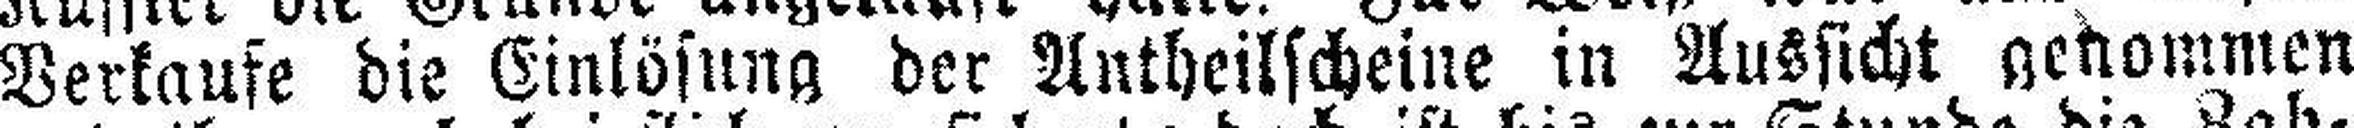
Verkaufe die Einlösung der Antheilscheine in Aussicht genommen